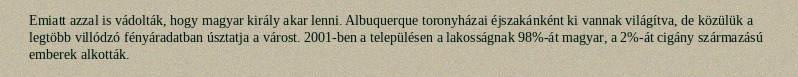
Emiatt azzal is vádolták, hogy magyar király akar lenni. Albuquerque toronyházai éjszakánként ki vannak világítva, de közülük a legtöbb villódzó fényáradatban úsztatja a várost. 2001-ben a településen a lakosságnak 98%-át magyar, a 2%-át cigány származású emberek alkották.